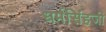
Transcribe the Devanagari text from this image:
धर्मसिंहजी